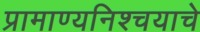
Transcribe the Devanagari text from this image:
प्रामाण्यनिश्चयाचे